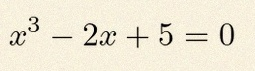
x^3-2x+5=0